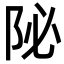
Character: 𨸼